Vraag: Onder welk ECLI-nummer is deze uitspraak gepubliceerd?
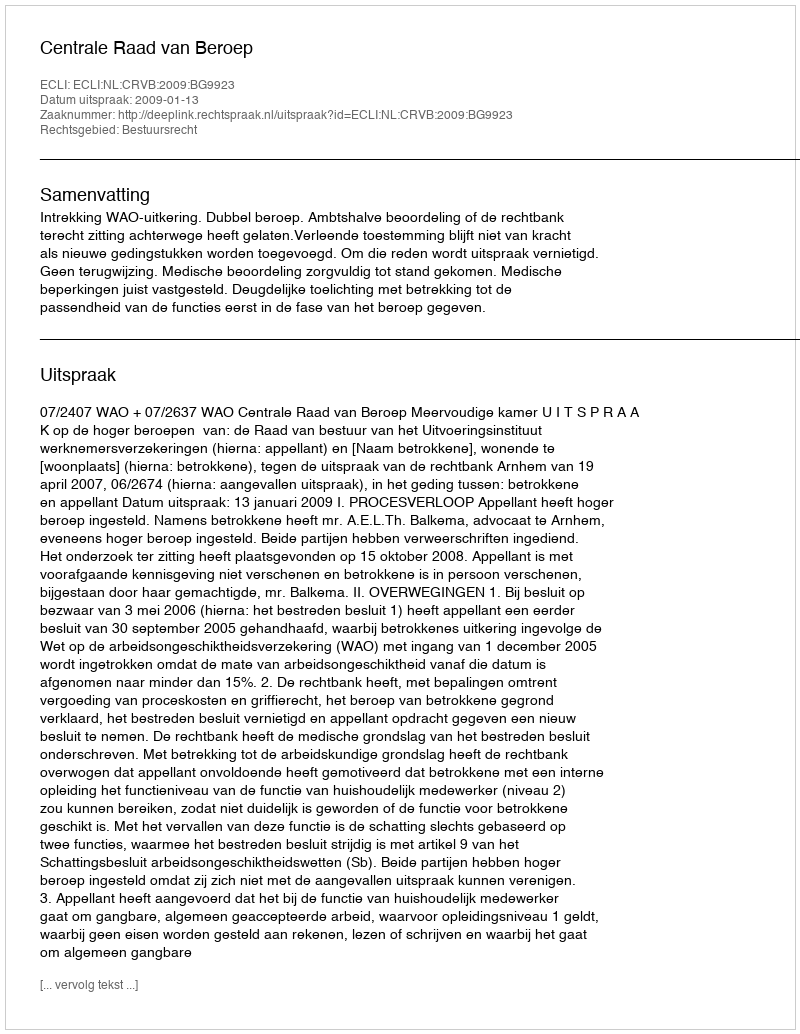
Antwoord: ECLI:NL:CRVB:2009:BG9923